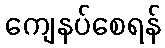
ကျေနပ်စေရန်